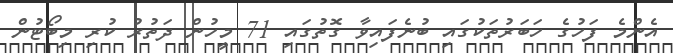
އެންމެ ފަހުގެ ހަބަރުތަކުގައި ބުނެފައިވާ ގޮތުގައި 71 މީހުން ދަތުރު ކުރި މިބޯޓުން